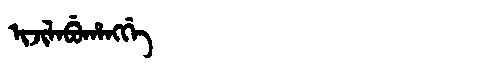
Manchu: ᡳᠵᡳᠯᠠᠪᡠᡥᠠᠩᡤᡝ
Romanization: IJILABUHANGGE